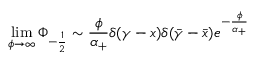
\operatorname * { l i m } _ { \phi \rightarrow \infty } \Phi _ { - \frac 1 2 } \sim \frac \phi { \alpha _ { + } } \delta ( \gamma - x ) \delta ( \bar { \gamma } - \bar { x } ) e ^ { - \frac { \phi } { \alpha _ { + } } }